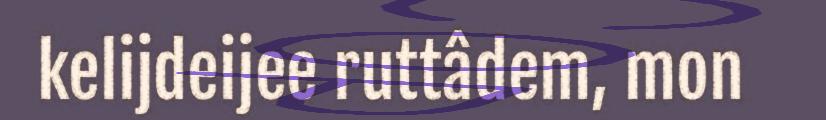
kelijdeijee ruttâdem, mon